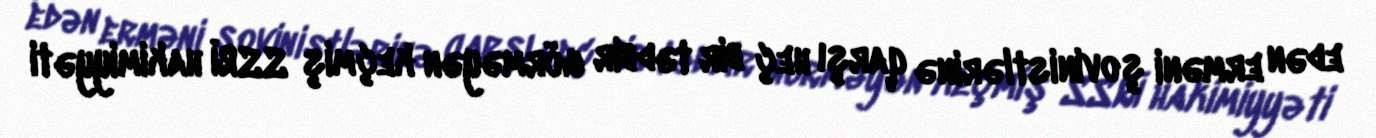
edən erməni şovinistlərinə qarşı heç bir tədbir görməyən keçmiş SSRİ hakimiyyəti